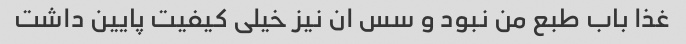
غذا باب طبع من نبود و سس ان نیز خیلی کیفیت پایین داشت